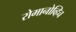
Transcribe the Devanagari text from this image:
रोमानोव्हिच